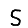
Digit: 5